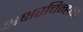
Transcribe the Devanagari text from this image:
अक्षरचिन्हाने